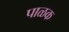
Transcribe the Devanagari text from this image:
पाळक